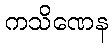
ကသိဏေန